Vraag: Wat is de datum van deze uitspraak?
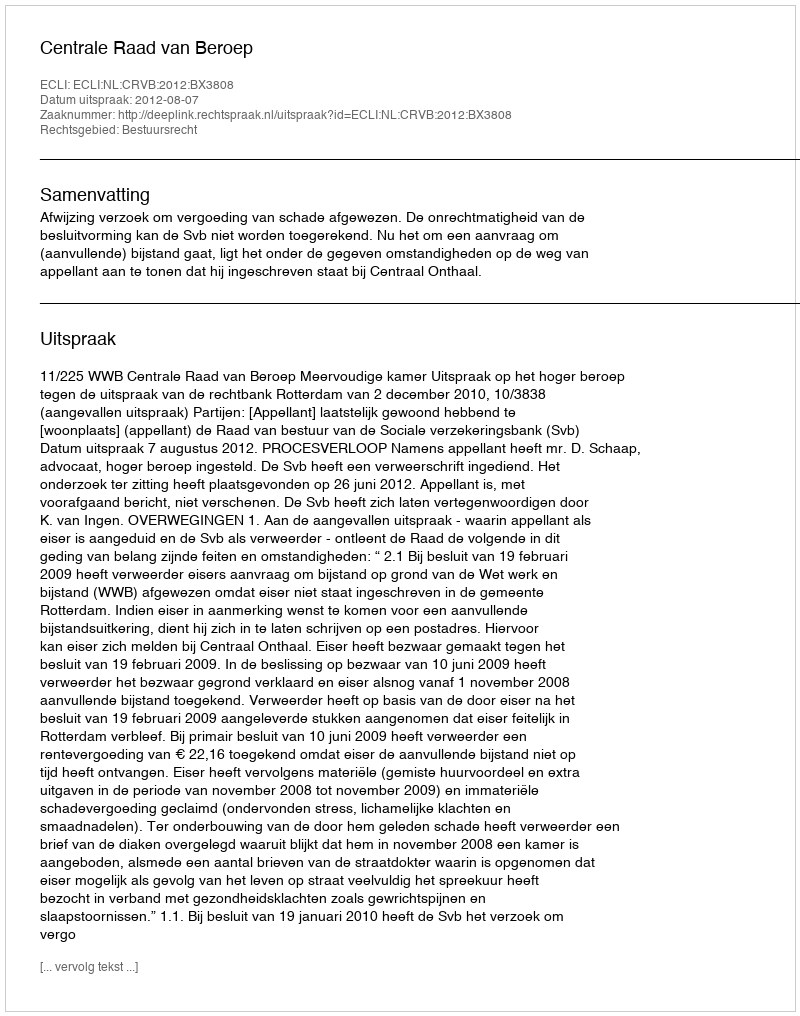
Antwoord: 2012-08-07